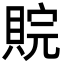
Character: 𮚉